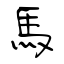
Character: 馬